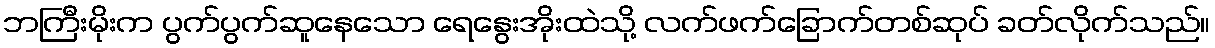
ဘကြီးမိုးက ပွက်ပွက်ဆူနေသော ရေနွေးအိုးထဲသို့ လက်ဖက်ခြောက်တစ်ဆုပ် ခတ်လိုက်သည်။